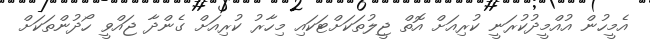
އެމީހުން އުއްމީދުކުރަނީ ކުރިއަށް އޮތް ޖީލުތަކަށްޓަކައި މިހާރު ކުރިއަށް ގެންދާ ޖައްވީ ހޯދުންތަކަށް